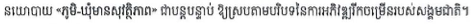
នយោបាយ <<ភូមិ-ឃុំមានសុវត្ថិភាព>> ជាបន្តបន្ទាប់ ឱ្យស្របតាមបរិបទនៃការអភិវឌ្ឍរីកចម្រើនរបស់សង្គមជាតិ។